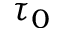
\tau _ { 0 }